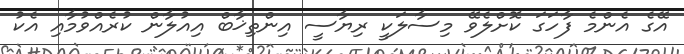
އޭގެ އެންމެ ފާހަގަ ކޮށްލެވޭ މިސާލަކީ ރިޔާސީ އިންތިޚާބް އިއުލާން ކުރެއްވުމާއި އެކު